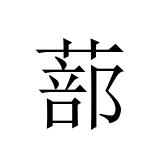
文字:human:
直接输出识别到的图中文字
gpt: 蔀